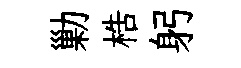
勦梏躬